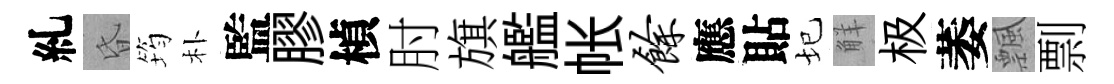
糺昏筠朴監膠楨肘旗艦帐余應貼圮觧极萎飄剽